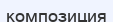
композиция